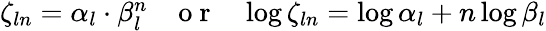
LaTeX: \begin{array}{r}{\zeta_{ln}=\alpha_{l}\cdot\beta_{l}^{n}\; \; \; \mathrm{~o~r~}\; \; \; \log\zeta_{ln}=\log\alpha_{l}+n\log\beta_{l}}\end{array}